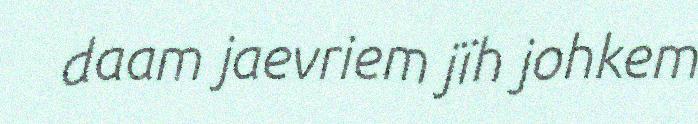
daam jaevriem jïh johkem